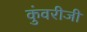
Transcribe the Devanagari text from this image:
कुंवरीजी